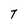
Character: T